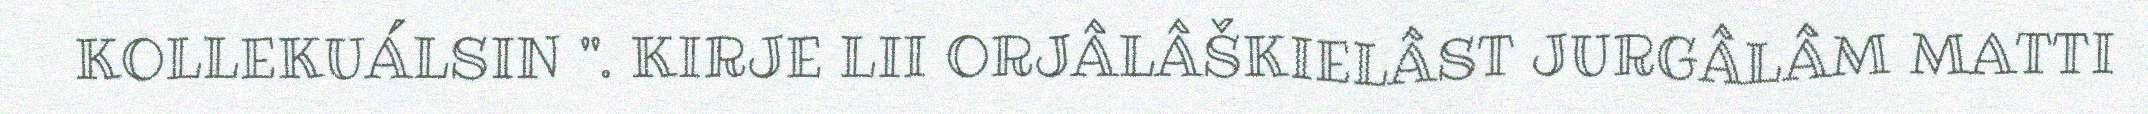
KOLLEKUÁLSIN ". KIRJE LII ORJÂLÂŠKIELÂST JURGÂLÂM MATTI